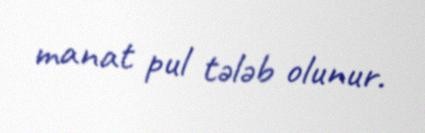
manat pul tələb olunur.